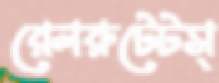
রেলরুটেটস্‌